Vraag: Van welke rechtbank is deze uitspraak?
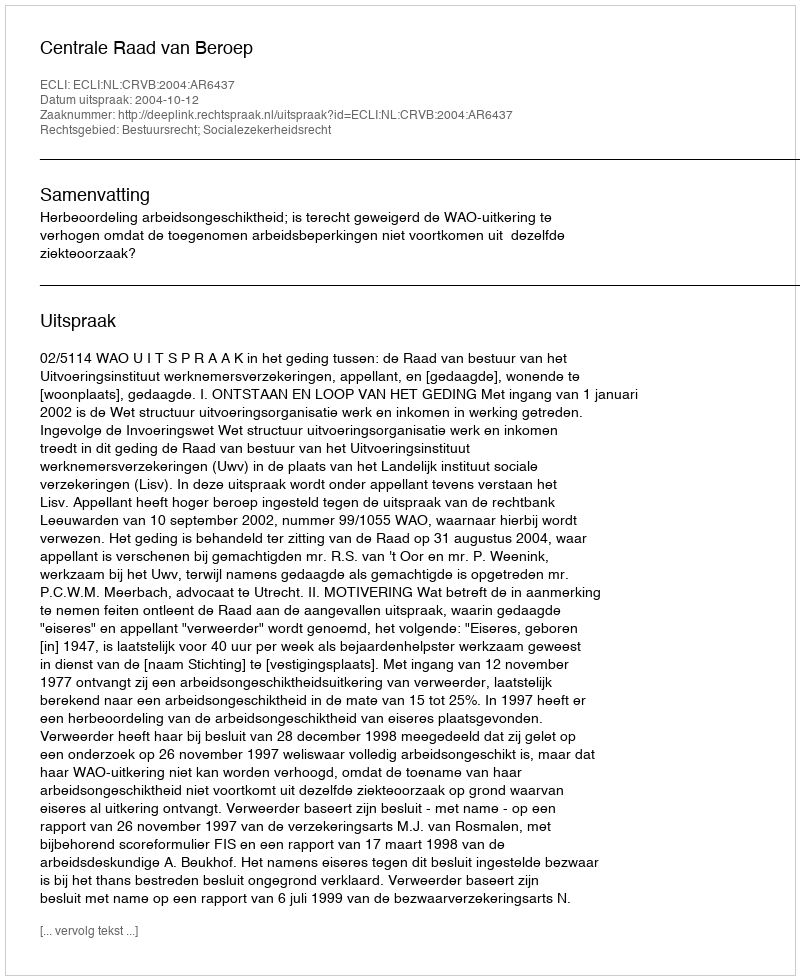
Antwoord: Centrale Raad van Beroep